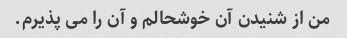
من از شنیدن آن خوشحالم و آن را می پذیرم.